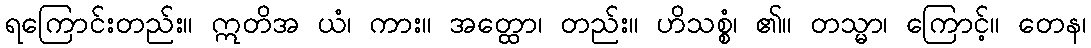
ရကြောင်းတည်း။ ဣတိအ ယံ၊ ကား။ အတ္ထော၊ တည်း။ ဟိသစ္စံ၊ ၏။ တသ္မာ၊ ကြောင့်။ တေန၊